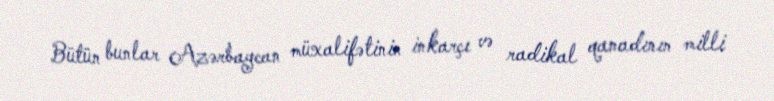
Bütün bunlar Azərbaycan müxalifətinin inkarçı və radikal qanadının milli